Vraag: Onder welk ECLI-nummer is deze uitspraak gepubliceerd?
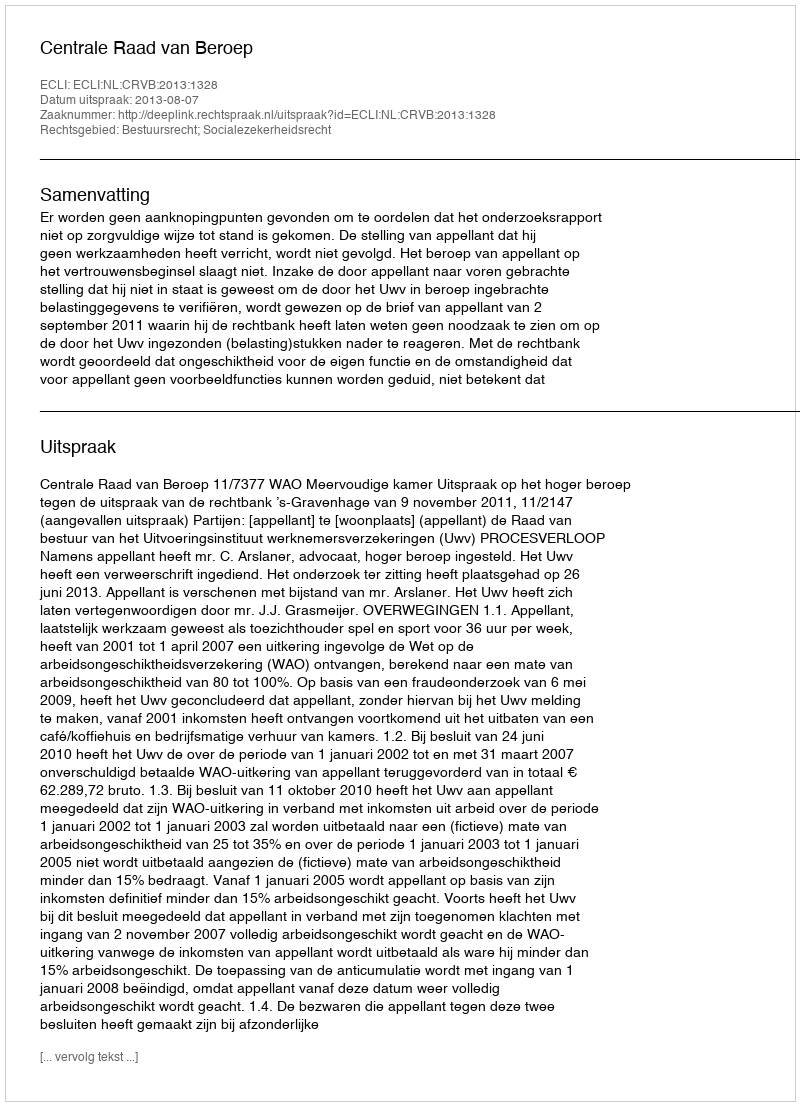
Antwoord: ECLI:NL:CRVB:2013:1328